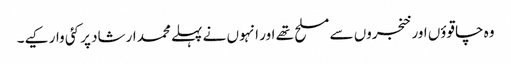
وہ چاقوؤں اور خنجروں سے مسلح تھے اور انہوں نے پہلے محمد ارشاد پر کئی وار کیے۔